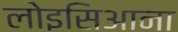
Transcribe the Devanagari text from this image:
लोइसिआना